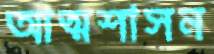
আত্মশাসন